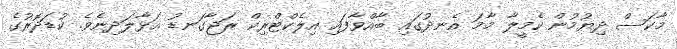
މާކަސް ދިޔުމުން ކެމީލާ މާމަ އެނދުގައި ބާއްވާފައި އިލެކްޓްރިކް ރަޖާގަނޑު އަޅާލަދިނެވެ. ކުޑަދޮރުގެ